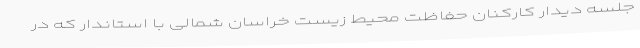
جلسه دیدار کارکنان حفاظت محیط زیست خراسان شمالی با استاندار که در